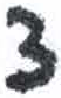
אות: צ